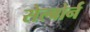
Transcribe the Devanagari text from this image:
सेल्बोर्न